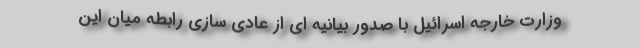
وزارت خارجه اسرائیل با صدور بیانیه ای از عادی سازی رابطه میان این